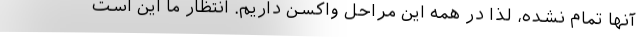
آنها تمام نشده، لذا در همه این مراحل واکسن داریم. انتظار ما این است